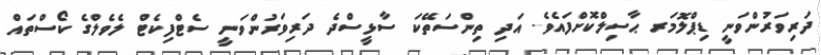
ދަރިވަރުންވަނީ ޑިޕްލޮމަރ ޙާސިލްކޮށްފައެވެ. އަދި ތިންސަތޭކަ ސާޅީސްދެ ދަރިވަރުންވަނީ ސެޓްފިކެޓް ލެވެލްގެ ކޯސްތައް